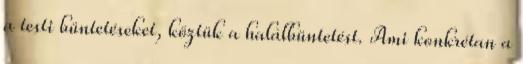
a testi büntetéseket, köztük a halálbüntetést. Ami konkrétan a